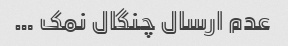
عدم ارسال چنگال نمک …